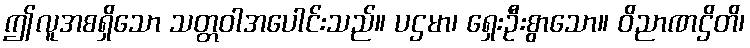
ဤလူအစရှိသော သတ္တဝါအပေါင်းသည်။ ပဌမာ၊ ရှေးဦးစွာသော။ ဝိညာဏဌိတိ၊